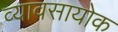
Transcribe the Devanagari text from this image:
व्यावसायोक